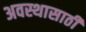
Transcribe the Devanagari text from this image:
अवस्थासाठी